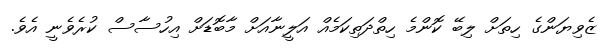
ޒެވިޔަންގެ ހިތަށް ލިބޭ ކޮންމެ ހިތްދަތިކަމެއް އަލީނާއަށް މާބޮޑަށް އިހުސާސް ކުރެވެނީ އެވެ.